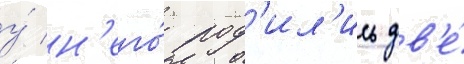
у́ н'его́ род'ил'ись дв'е́